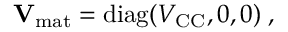
\mathbf { V } _ { \mathrm { m a t } } = \mathrm { d i a g } ( V _ { \mathrm { C C } } , 0 , 0 ) \; ,